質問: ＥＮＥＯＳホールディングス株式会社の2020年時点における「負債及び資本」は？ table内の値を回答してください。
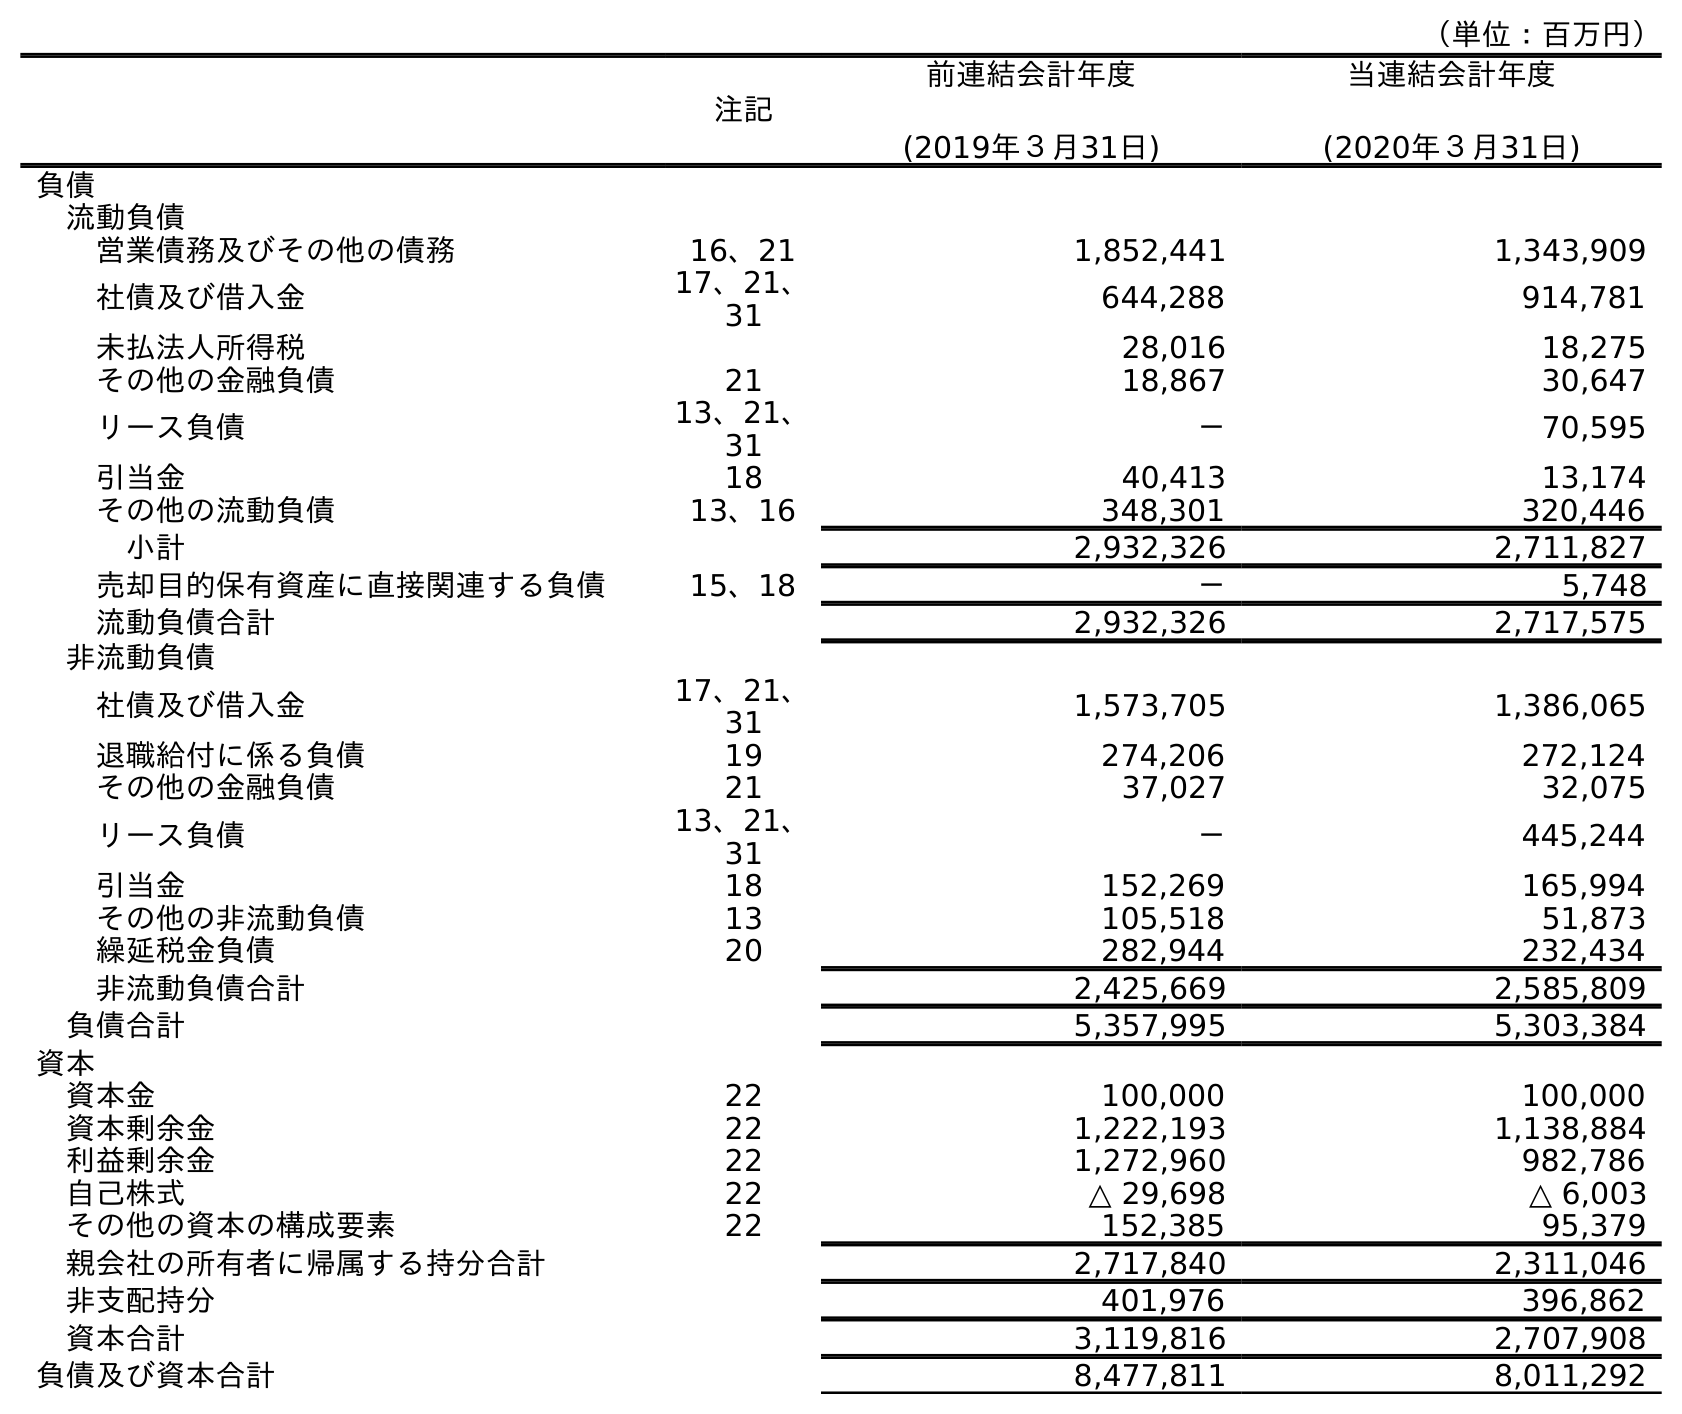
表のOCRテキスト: （単位：百万円） 注記 前連結会計年度 (2019年３月31日) 当連結会計年度 (2020年３月31日) 負債 流動負債 営業債務及びその他の債務 16、21 1,852,441 1,343,909 社債及び借入金 17、21、 31 644,288 914,781 未払法人所得税 28,016 18,275 その他の金融負債 21 18,867 30,647 リース負債 13、21、 31 － 70,595 引当金 18 40,413 13,174 その他の流動負債 13、16 348,301 320,446 小計 2,932,326 2,711,827 売却目的保有資産に直接関連する負債 15、18 － 5,748 流動負債合計 2,932,326 2,717,575 非流動負債 社債及び借入金 17、21、 31 1,573,705 1,386,065 退職給付に係る負債 19 274,206 272,124 その他の金融負債 21 37,027 32,075 リース負債 13、21、 31 － 445,244 引当金 18 152,269 165,994 その他の非流動負債 13 105,518 51,873 繰延税金負債 20 282,944 232,434 非流動負債合計 2,425,669 2,585,809 負債合計 5,357,995 5,303,384 資本 資本金 22 100,000 100,000 資本剰余金 22 1,222,193 1,138,884 利益剰余金 22 1,272,960 982,786 自己株式 22 △ 29,698 △ 6,003 その他の資本の構成要素 22 152,385 95,379 親会社の所有者に帰属する持分合計 2,717,840 2,311,046 非支配持分 401,976 396,862 資本合計 3,119,816 2,707,908 負債及び資本合計 8,477,811 8,011,292
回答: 8,011,292